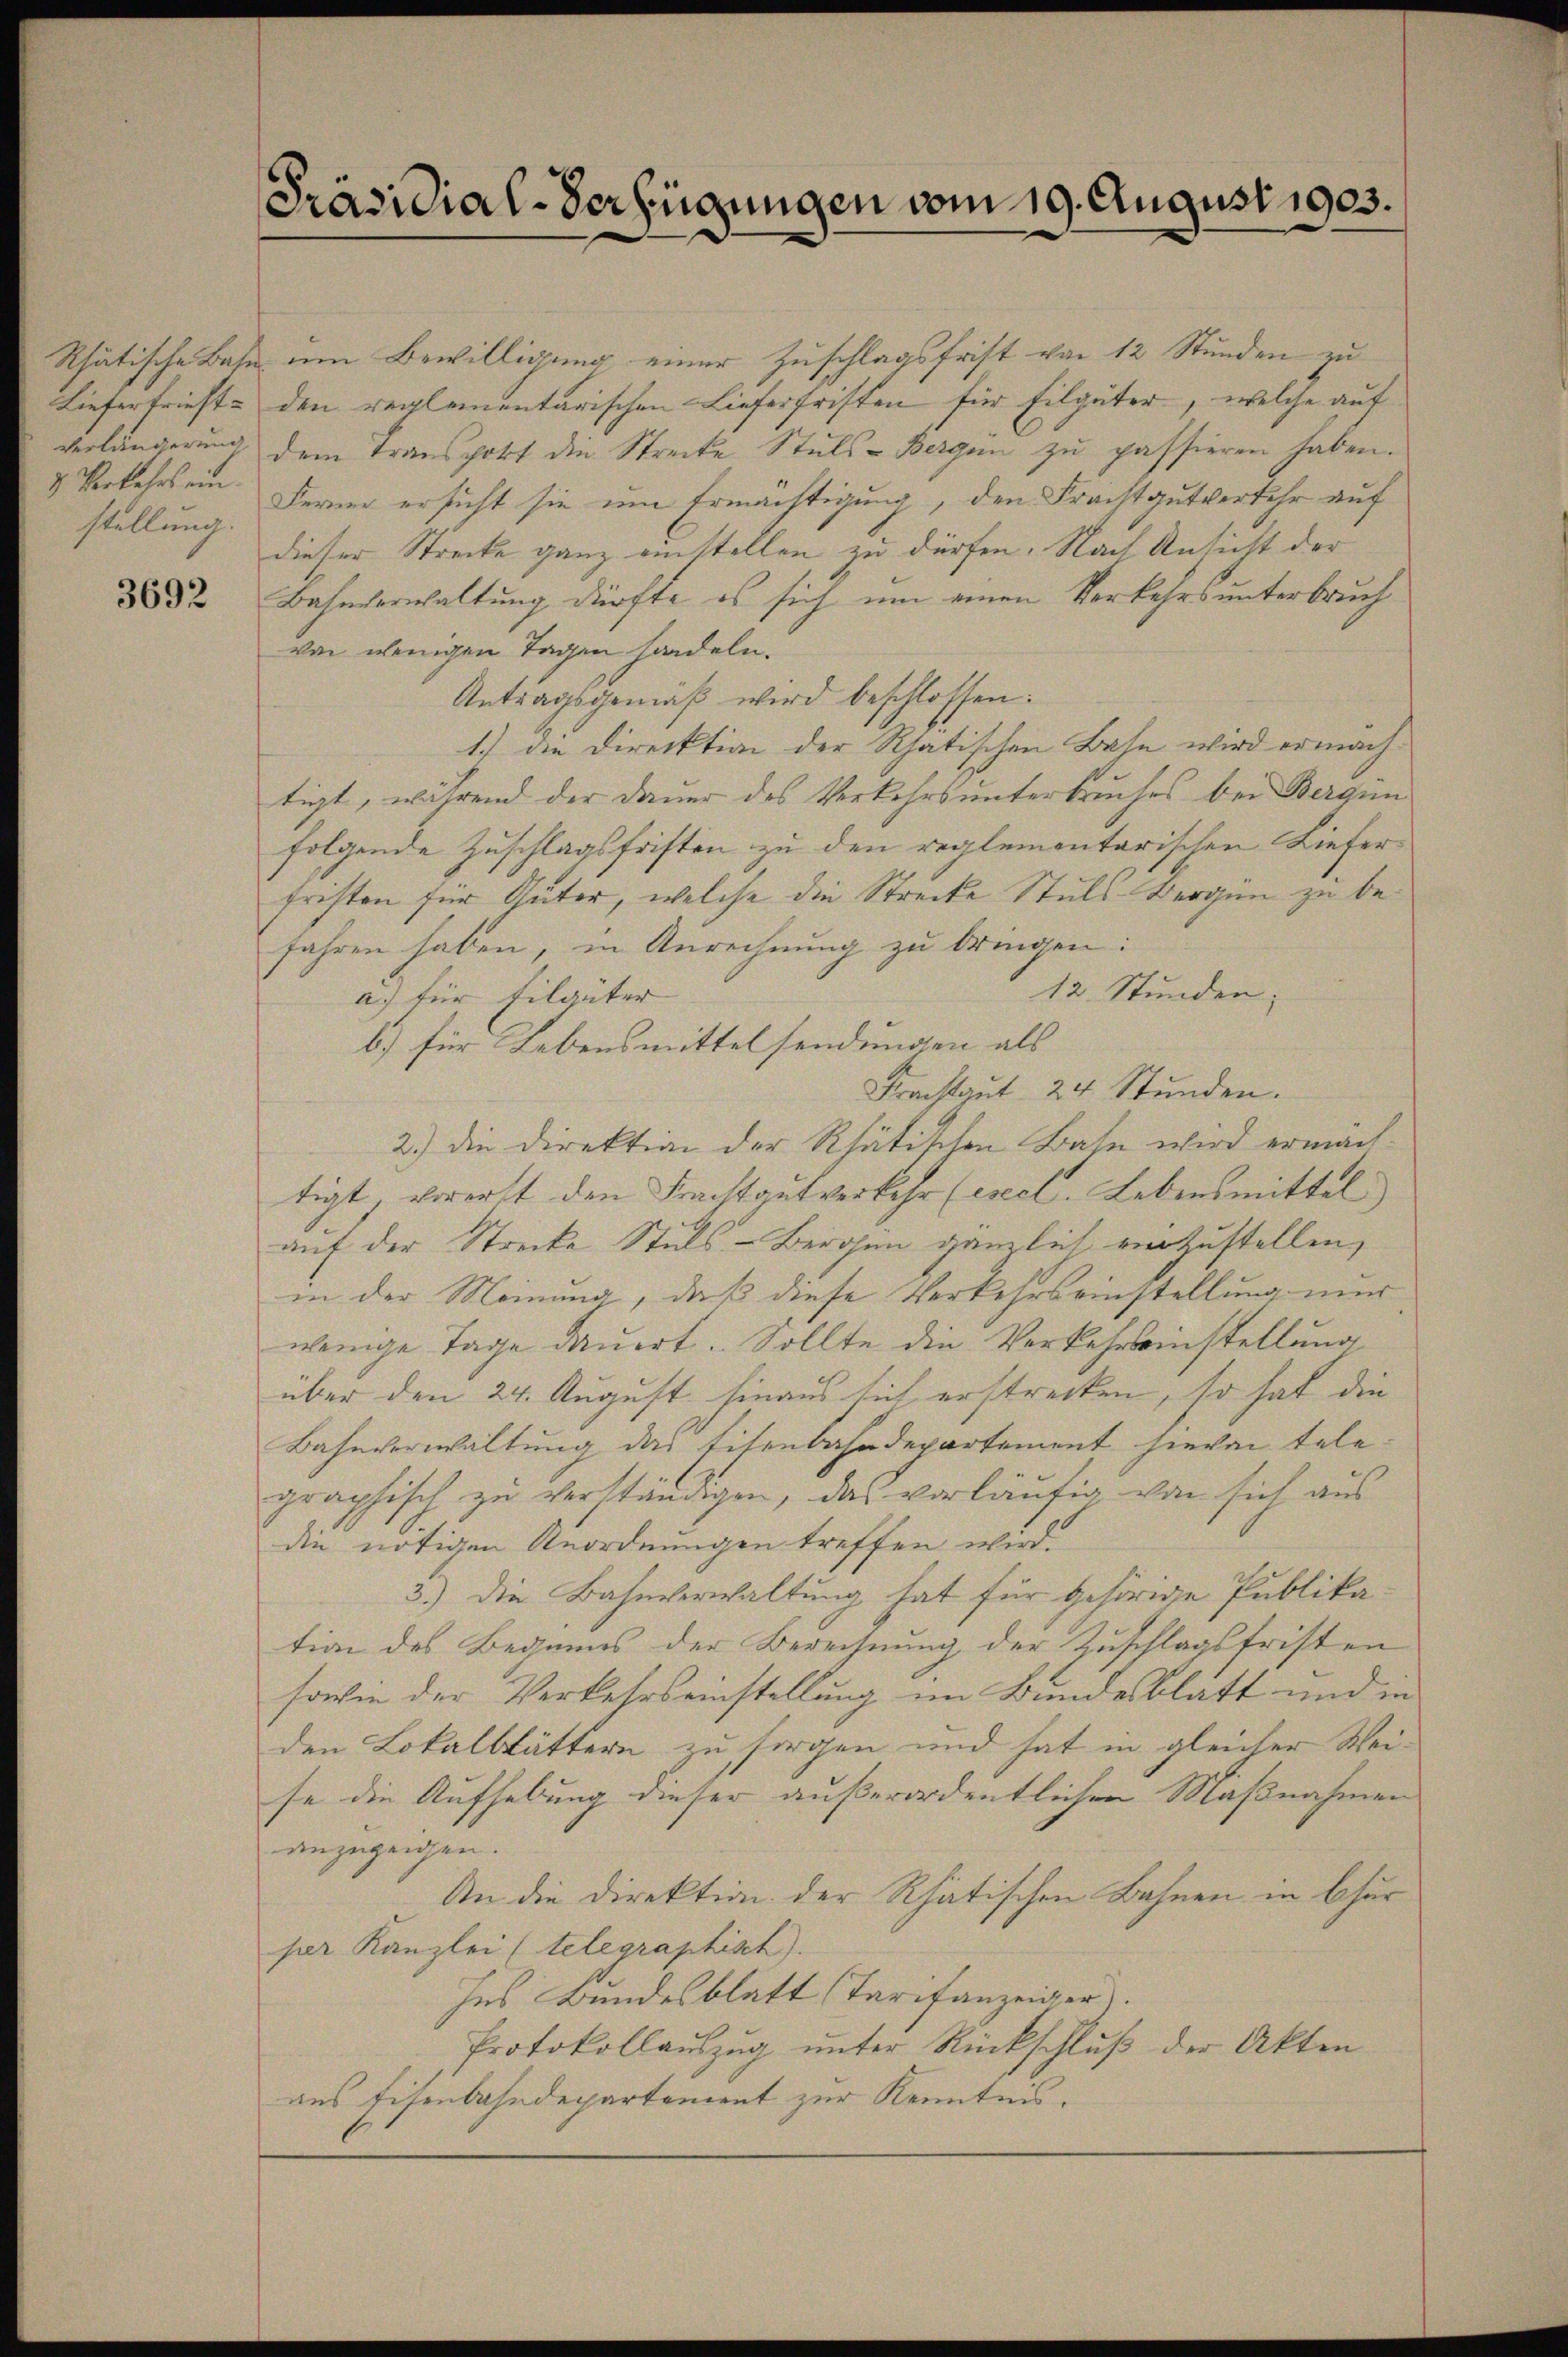
Rhätische Bahn
Liefertrieft
Verlängerung
8. Verkehrs ein.
stellung.

3692

Präsidial-Verfügungen vom 19. August 1903.

um Bewilligung einer Zuschlagsfrist von 12 Stunden zu
den reglementarischen Lieferfristen für Eilgüter, welche auf
dem Transport die Strecke Stuls-Bergen zu passieren haben.
Ferner ersicht sie um Ermächtigung, den Frachtgutverkehr auf
dieser Strecke ganz einstellen zu dürfen. Nach Ansicht der
Bahnverwaltung dürfte es sich um einen Verkehrs unterbruch
von wenigen Tagen handeln.
Antragsgemäß wird beschlossen:
1.) Die Direktion der Rhatischen Bahn wird ermachtigt, während der Dauer des Verkehrs unterbruches bei Bergen
folgende Zuschlagsfristen zu den reglementarischen Lieferfristen für Güter, welche die Strecke Stuls-Bergün zu befahren haben, in Anrechnung zu bringen:
12. Stunden.
a) für Filaüter
b.) für Lebensmittelsendungen als
Frachtaŭt 24 Stunden.
2.) Die Direktion der Rhätiklen Bahn wird ermächtigt, vorerst den Frachtautverkehr (eseel. Lebensmittel
auf der Strecke Stuls-Bergen gänzlich vorzustellen,
in der Meinung, daß diese Verkehrseinstellung nur
wenige Tage dauert. Sollte die Verkehrseinstellung
über den 24. August hinaus sich erstrecken, so hat die
Bahnverwaltung das titenbahndepartement hievon telegraphisch zu verständigen, das vorläufig von sich aus
die nötigen Anordnungen treffen wird.
3.) Die Bahnverwaltung hat für gehörige Publika
tion des Beginns der Berechnung der Zuschlagsfristen
sowie der Verkehrseinstellung im Bundesblatt und in
den Lokalblättern zu sorgen und hat in gleicher Weise die Aufhebung dieser außerordentlichen Maßnahmen
anzuzeigen.
An die Direktion der Rhätischen Bahnen in Chur
per Kanzlei (telegraphisch).
Ins Bundesblatt Tarifanzeiger).
Protokollauszug unter Rückschluß der Akten
aus Eisenbahndepartement zur Kenntnis.